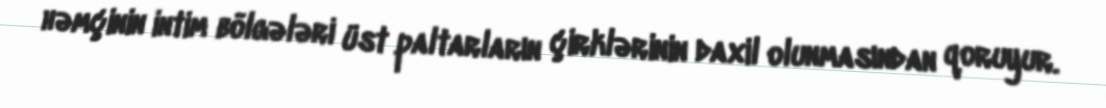
həmçinin intim bölgələri üst paltarların çirklərinin daxil olunmasından qoruyur.